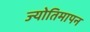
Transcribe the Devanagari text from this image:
ज्योतिमापन